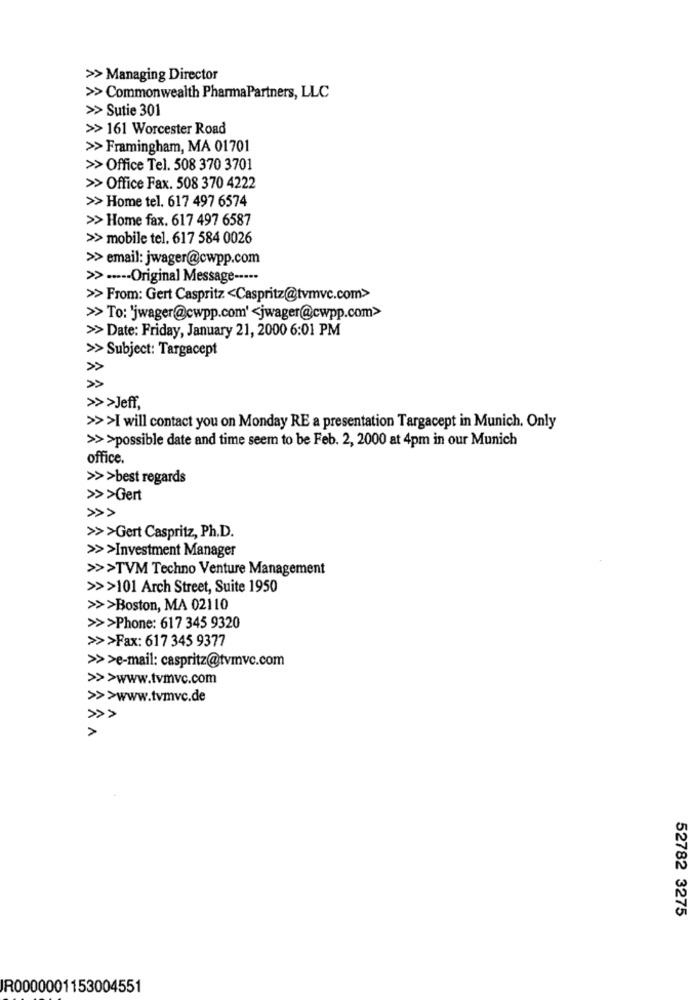
>> Managing Director
>> Commonwealth PharmaPartners, LLC
>> Sutie 301
>> 161 Worcester Road
>> Framingham, MA 01701
>> Office Tel. 508 370 3701
>> Office Fax. 508 370 4222
>> Home tel. 617 497 6574
>> Home fax. 617 497 6587
>> mobile tel. 617 584 0026
>> email: jwager@cwpp.com
>> ···-- Original Message -····
>> From: Gert Caspritz <Caspritz@tvmvc.com>
>>To: 'jwager@cwpp.com' <jwager@cwpp.com>
>> Date: Friday, January 21, 2000 6:01 PM
>> Subject: Targacept
>>
>>>Jeff,
>>>I will contact you on Monday RE a presentation Targacept in Munich. Only
>>>possible date and time seem to be Feb. 2, 2000 at 4pm in our Munich
office.
>>>best regards
>>>Gert
>>>Gert Caspritz, Ph.D.
>>>Investment Manager
>>>TVM Techno Venture Management
>>>101 Arch Street, Suite 1950
>>>Boston, MA 02110
>>>Phone: 617 345 9320
>>>Fax: 617 345 9377
>>>e-mail: caspritz@tvmvc.com
>>>www.tvmvc.com
>>>www.tvmvc.de
52782 3275
IR0000001153004551